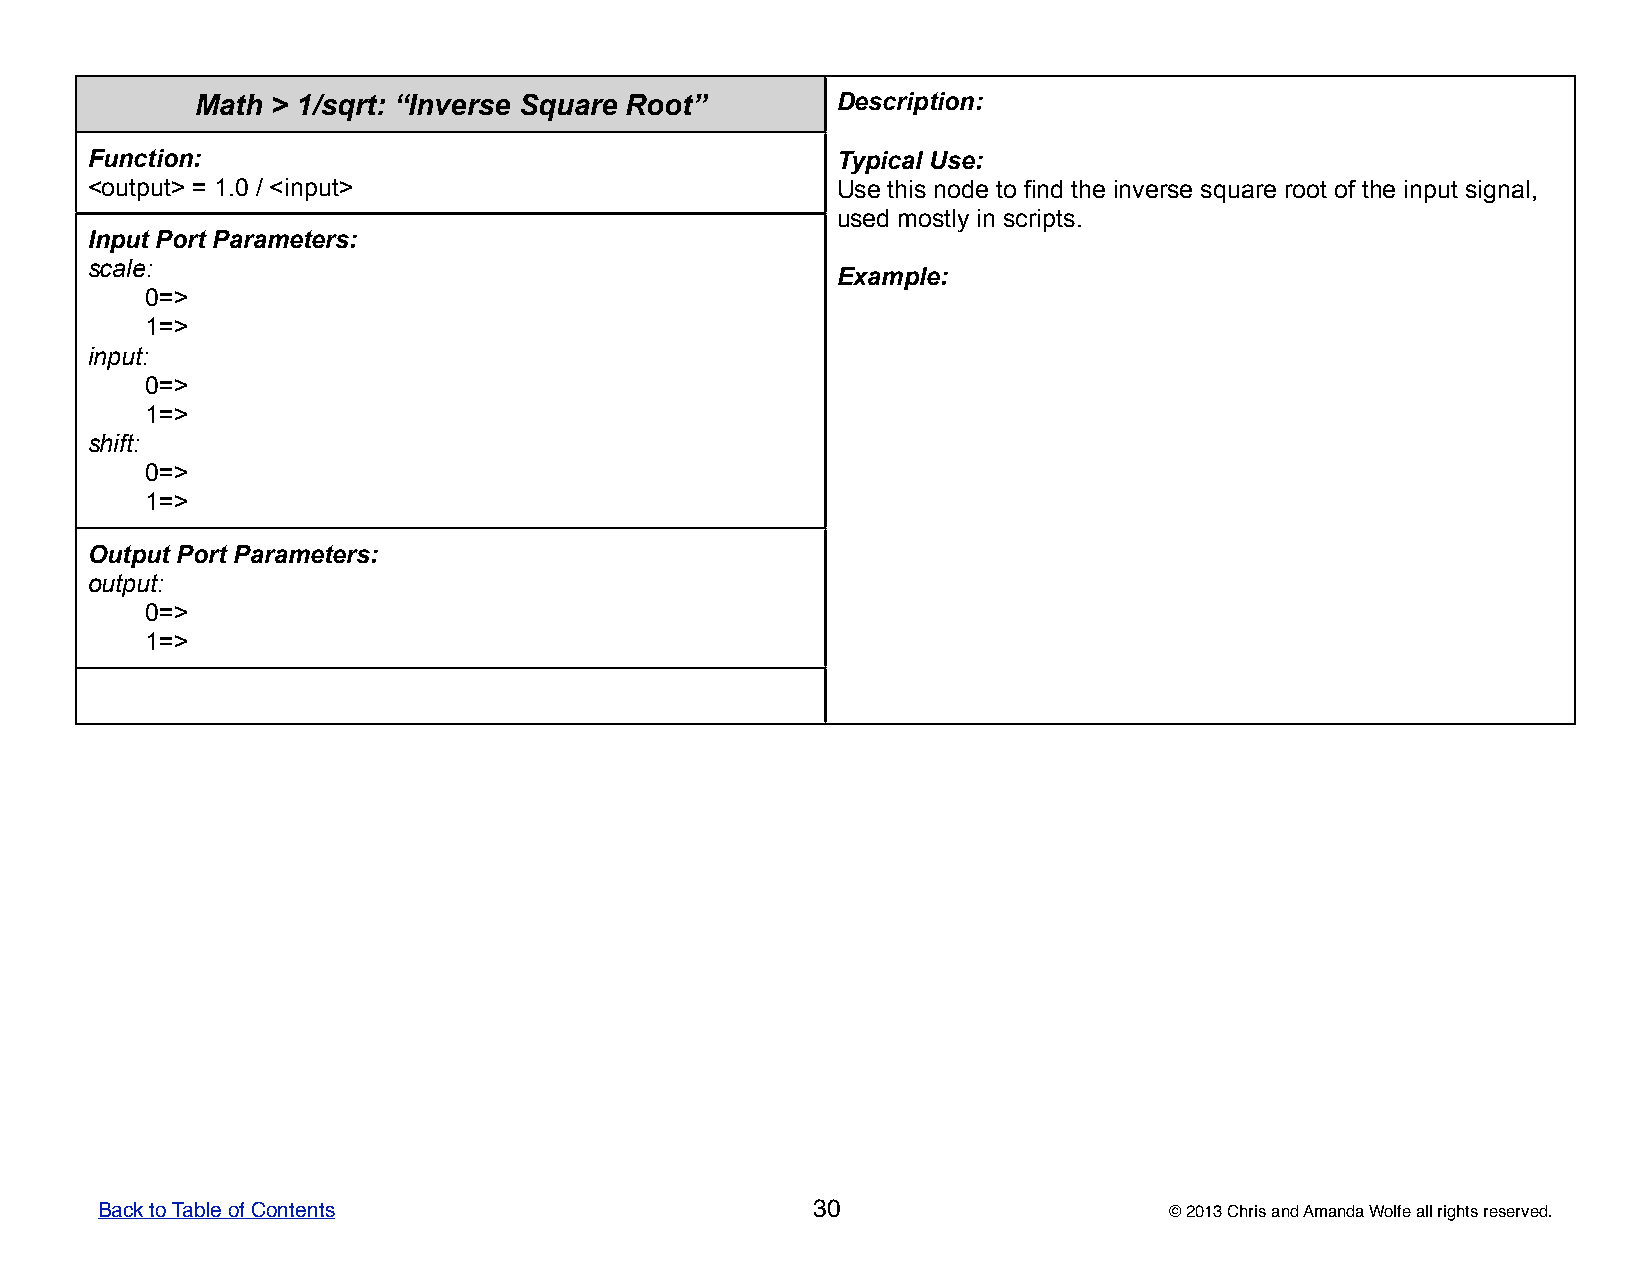
Math > 1/sqrt: “Inverse Square Root”      DDDDDeeeeessssscccccrrrrriiiiippppptttttiiiiiooooonnnnn:::::
 Function:                                        TTTTTyyyyypppppiiiiicccccaaaaalllll UUUUUssssseeeee:::::
 <output> = 1.0 / <input>                         UUUUUssssseeeee ttttthhhhhiiiiisssss nnnnnooooodddddeeeee tttttooooo fffffiiiiinnnnnddddd ttttthhhhheeeee iiiiinnnnnvvvvveeeeerrrrrssssseeeee sssssqqqqquuuuuaaaaarrrrreeeee rrrrroooooooooottttt ooooofffff ttttthhhhheeeee iiiiinnnnnpppppuuuuuttttt sssssiiiiigggggnnnnnaaaaalllll,,,,,
 uuuuussssseeeeeddddd mmmmmooooossssstttttlllllyyyyy iiiiinnnnn ssssscccccrrrrriiiiippppptttttsssss.....
 Input Port Parameters:
 scale:
 EEEEExxxxxaaaaammmmmpppppllllleeeee:::::
 0=>
 1=>
 input:
 0=>
 1=>
 shift:
 0=>
 1=>
 Output Port Parameters:
 output:
 0=>
 1=>
 Back to Table of Contents                       30                     © 2013 Chris and Amanda Wolfe all rights reserved.